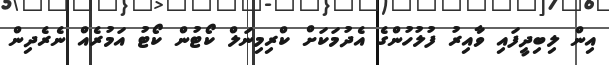
އިން ލިބިދީފައި ވާއިރު ފުލުހުންގެ އެދުމަކަށް ކްރިމިނަލް ކޯޓުން ކޯޓު އަމުރެއް ނެރެދިން